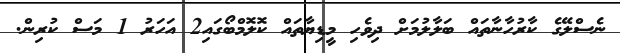
ނެސްލޭގެ ކާރުހާނާތައް ބަލާލުމަށް ދިވެހި މީޑިޔާތައް ކޮލޮމްބޯގައި2 އަހަރު 1 މަސް ކުރިން.